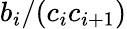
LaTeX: b_{i}/(c_{i}c_{i+1})